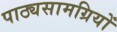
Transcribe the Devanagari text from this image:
पाठ्यसामग्रियों